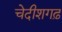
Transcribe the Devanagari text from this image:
चेदीशगढ़